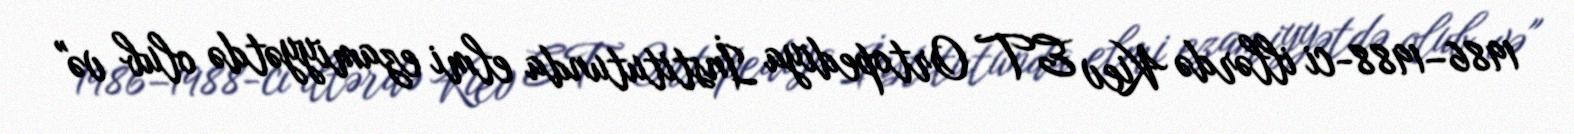
1986–1988-ci illərdə Kiev ET Ortopediya İnstitutunda elmi ezamiyyətdə olub və"